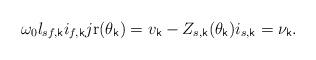
LaTeX: \begin{align*} \omega_0 l_{sf,\mathsf{k}} i_{f,\mathsf{k}} j \mathrm{r}(\theta_\mathsf{k}) = v_\mathsf{k} - Z_{s,\mathsf{k}}(\theta_\mathsf{k}) i_{s,\mathsf{k}} = \nu_\mathsf{k}.\end{align*}